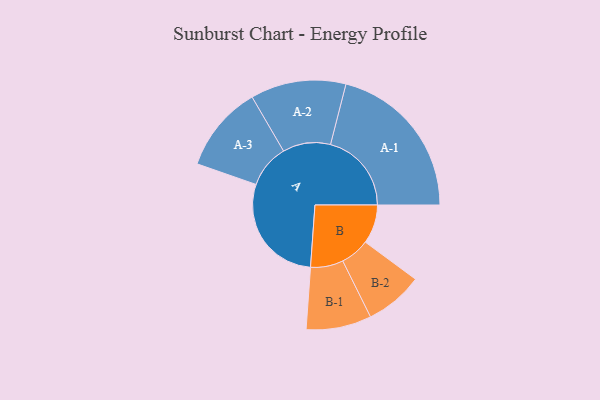
{"axis": {"x": "Segment", "y": "Value"}, "legend": ["", "A", "B"], "data": [{"x": "A", "y": 410, "type": ""}, {"x": "B", "y": 142, "type": ""}, {"x": "A-1", "y": 295, "type": "A"}, {"x": "A-2", "y": 174, "type": "A"}, {"x": "A-3", "y": 158, "type": "A"}, {"x": "B-1", "y": 119, "type": "B"}, {"x": "B-2", "y": 106, "type": "B"}]}